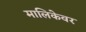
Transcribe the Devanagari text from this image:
मालिकेवर